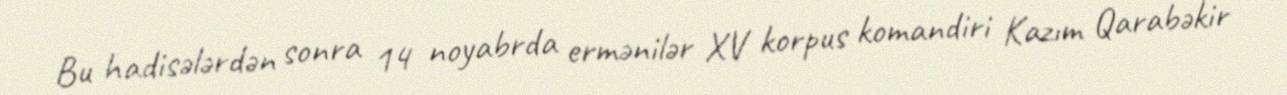
Bu hadisələrdən sonra 14 noyabrda ermənilər XV korpus komandiri Kazım Qarabəkir